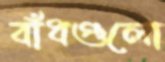
বাঁধগুলো